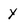
Character: y